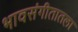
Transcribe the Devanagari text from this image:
भावसंगीतातला